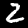
Digit: 2